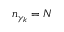
n _ { \gamma _ { k } } = N